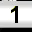
Digit: 1